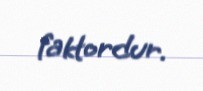
faktordur.